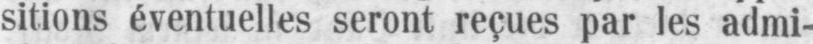
sitions éventuelles seront reçues par les admi-